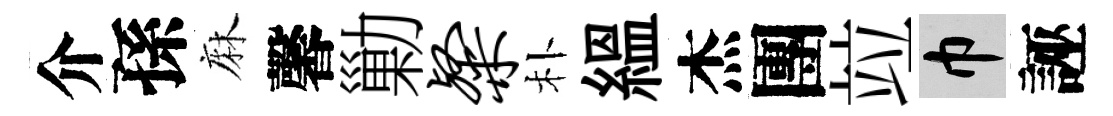
介孫麻馨勦粲朴緼杰團竝巾誣